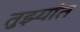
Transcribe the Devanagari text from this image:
तुझ्यांत